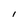
Character: I